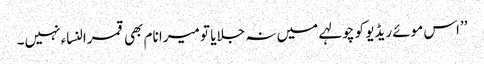
’’اس موئے ریڈیو کو چولہے میں نہ جلایا تو میرا نام بھی قمرالنساء نہیں۔